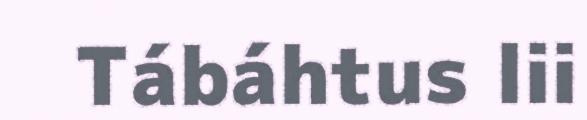
Tábáhtus lii